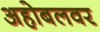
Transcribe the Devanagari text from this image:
अहोबलवर